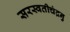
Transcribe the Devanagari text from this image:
सरस्वतीचंद्रनु